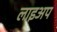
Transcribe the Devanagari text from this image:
लाइअप